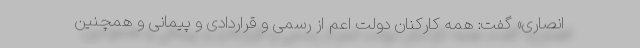
انصاری» گفت: همه کارکنان دولت اعم از رسمی و قراردادی و پیمانی و همچنین